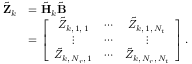
\begin{array} { r l } { \tilde { \mathbf { Z } } _ { k } } & { = \tilde { \mathbf { H } } _ { k } \tilde { \mathbf { B } } } \\ & { = \left[ \begin{array} { c c c } { \tilde { Z } _ { k , \, 1 , \, 1 } } & { \cdots } & { \tilde { Z } _ { k , \, 1 , \, N _ { t } } } \\ { \vdots } & { \cdots } & { \vdots } \\ { \tilde { Z } _ { k , \, N _ { r } , \, 1 } } & { \cdots } & { \tilde { Z } _ { k , \, N _ { r } , \, N _ { t } } } \end{array} \right] . } \end{array}